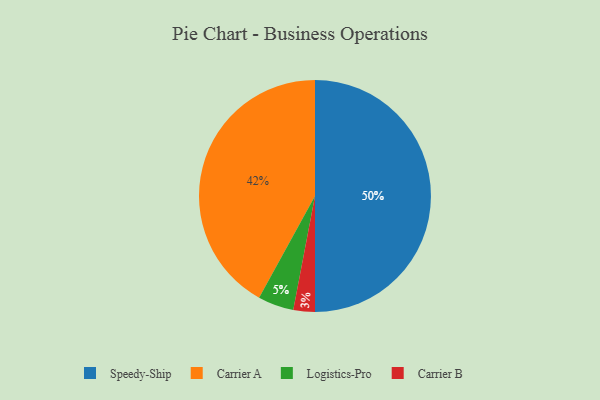
{"axis": {"x": "Category", "y": "Percentage"}, "legend": ["Carrier A", "Carrier B", "Logistics-Pro", "Speedy-Ship"], "data": [{"x": "Speedy-Ship", "y": 50, "type": "Speedy-Ship"}, {"x": "Logistics-Pro", "y": 5, "type": "Logistics-Pro"}, {"x": "Carrier A", "y": 42, "type": "Carrier A"}, {"x": "Carrier B", "y": 3, "type": "Carrier B"}]}